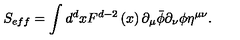
S _ { e f f } = \int d ^ { d } x F ^ { d - 2 } \left( x \right) \partial _ { \mu } \bar { \phi } \partial _ { \nu } \phi \eta ^ { \mu \nu } .